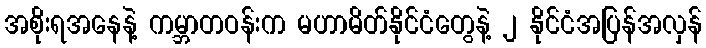
အစိုးရအနေနဲ့ ကမ္ဘာတဝန်းက မဟာမိတ်နိုင်ငံတွေနဲ့ ၂ နိုင်ငံအပြန်အလှန်